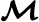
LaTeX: \boldsymbol{\mathcal{M}}